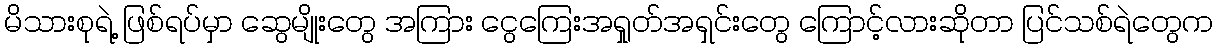
မိသားစုရဲ့ ဖြစ်ရပ်မှာ ဆွေမျိုးတွေ အကြား ငွေကြေးအရှုတ်အရှင်းတွေ ကြောင့်လားဆိုတာ ပြင်သစ်ရဲတွေက